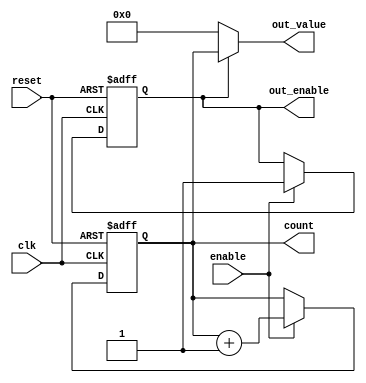
module SynchronousCounter (
    input wire clk,              // Clock input
    input wire reset,            // Asynchronous reset
    input wire enable,           // Enable input for counting
    output reg [3:0] count,      // 4-bit counter register for counting
    output reg out_enable,       // Output enable signal
    output reg [3:0] out_value   // Output value based on counter
);

// Always block for asynchronous reset
always @(posedge clk or posedge reset) begin
    if (reset) begin
        count <= 4'b0000;        // Reset count to 0
        out_enable <= 1'b0;      // Disable output
    end else if (enable) begin
        count <= count + 1;      // Increment counter on clock edge
        out_enable <= 1'b1;       // Enable output after counting
    end
end

// Output control logic
always @* begin
    if (out_enable) begin
        out_value = count;       // Output current count value
    end else begin
        out_value = 4'b0000;     // Output zero when not enabled
    end
end

endmodule